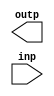
module LOP_NR_FCND (outp, inp);
   output [3:0] outp;
   input [3:0] inp;
   reg [3:0] outp;
   integer i;
   always 
   begin
      for ( i=2; i<1; i=i+1 ) 
      begin
         outp = i;
      end
   end
endmodule